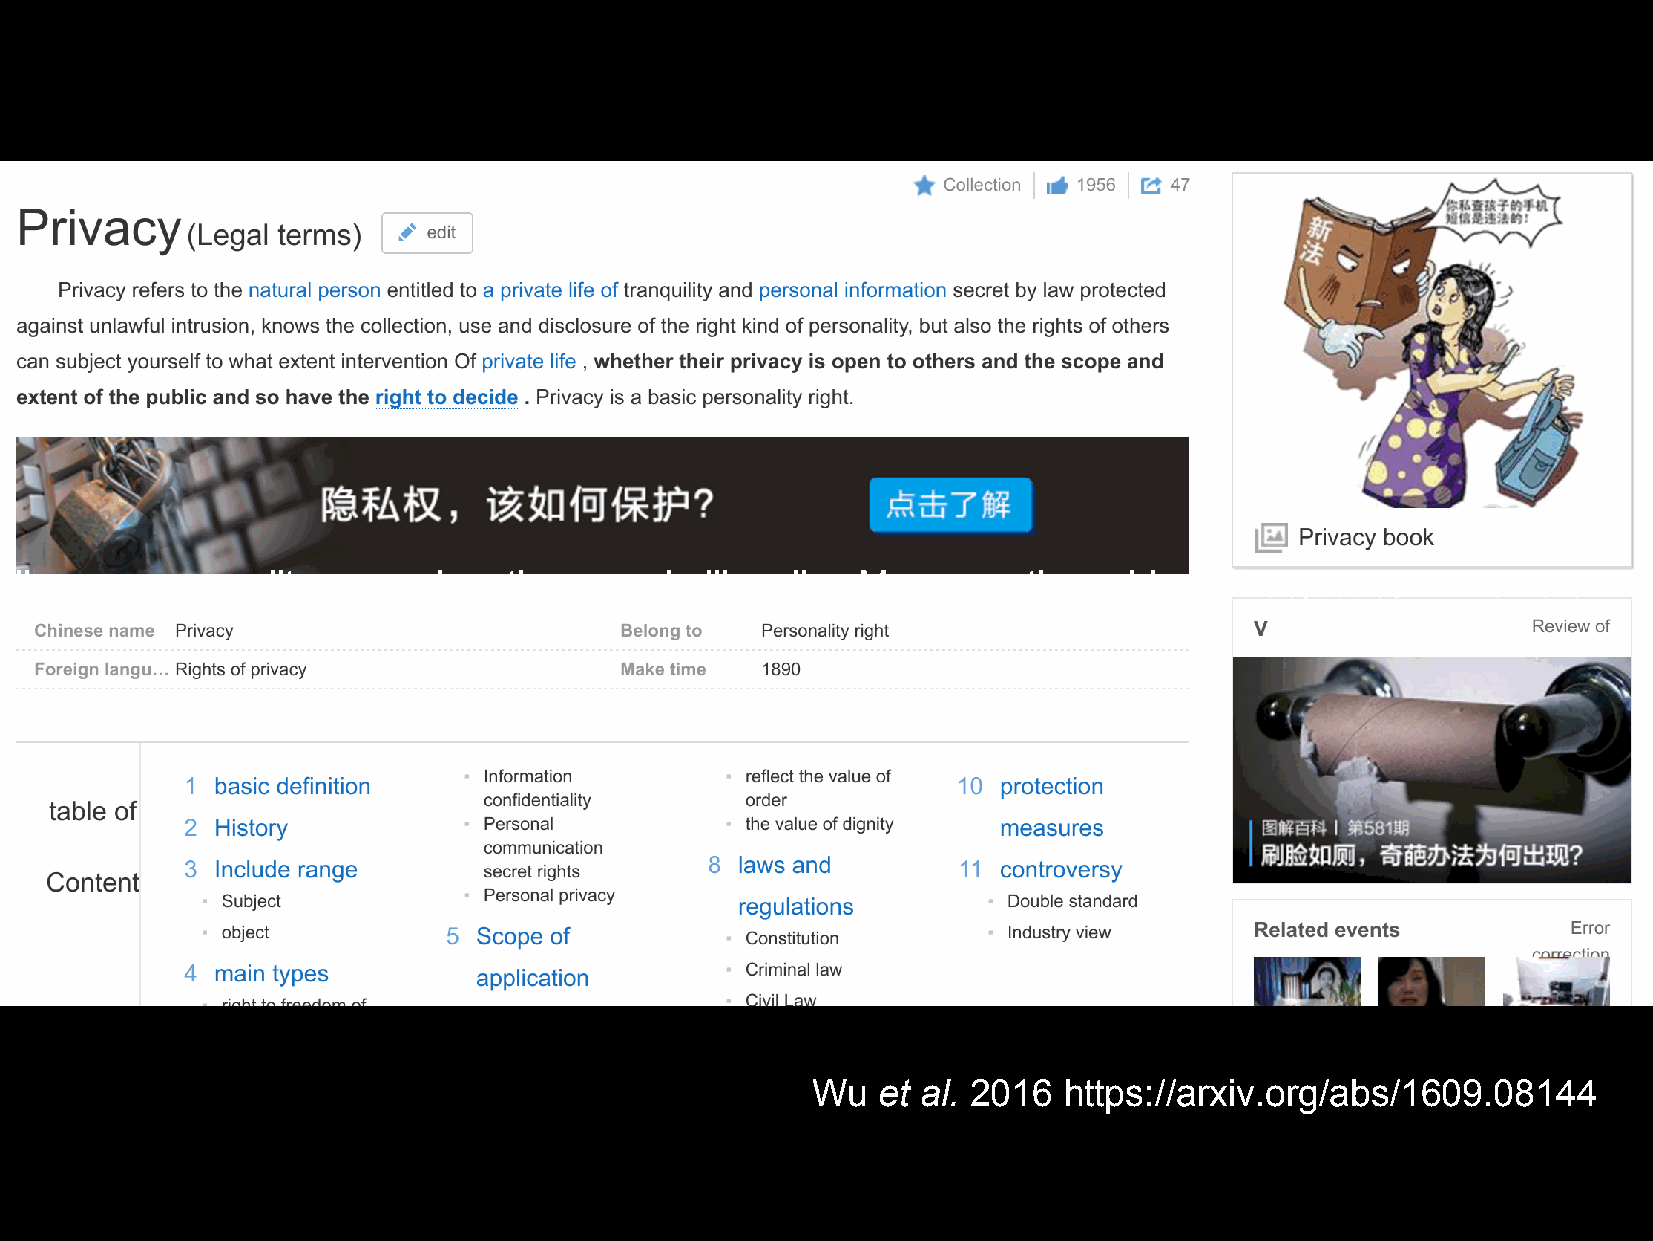
The right of privacy is the personal life peaceful and personal information secret that to refer to the natural person enjoys is protected according to law, was not invaded, learned about, collected and uses and public one personality power by other people illegally . Moreover the subject of object can involve own private life to other people in what degree, to own privacy whether had the decision-making power to other people public as well as public crowd scope and degree. The right of privacy is a basic personality right.
 Wu  et al. 2016 https://arxiv.org/abs/1609.08144